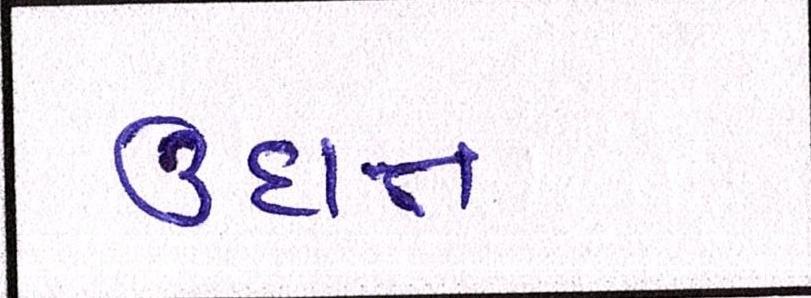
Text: ઉદાત્ત